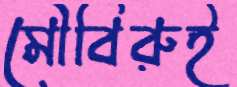
মৌবিরুই